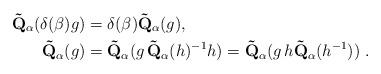
LaTeX: \begin{align*} \mathbf{\tilde{Q}}_\alpha (\delta(\beta) g) &= \delta(\beta)\mathbf{\tilde{Q}}_\alpha (g),\\ \mathbf{\tilde{Q}}_\alpha (g) &= \mathbf{\tilde{Q}}_\alpha (g \, \mathbf{\tilde{Q}}_\alpha (h)^{-1}h) = \mathbf{\tilde{Q}}_\alpha (g \, h\mathbf{\tilde{Q}}_\alpha (h^{-1})) \ . \end{align*}